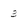
Character: 3